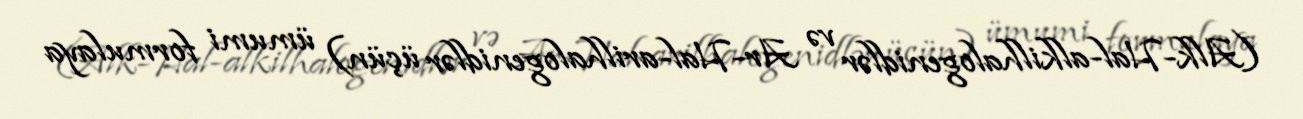
(Alk-Hal-alkilhalogenidlər və Ar-Hal-arilhalogenidlər üçün) ümumi formulaya